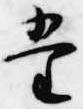
堂